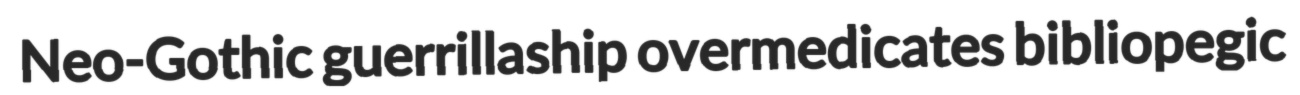
Neo-Gothic guerrillaship overmedicates bibliopegic